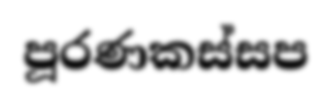
පූරණකස්සප